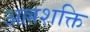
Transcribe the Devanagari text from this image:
अल्लशक्ति